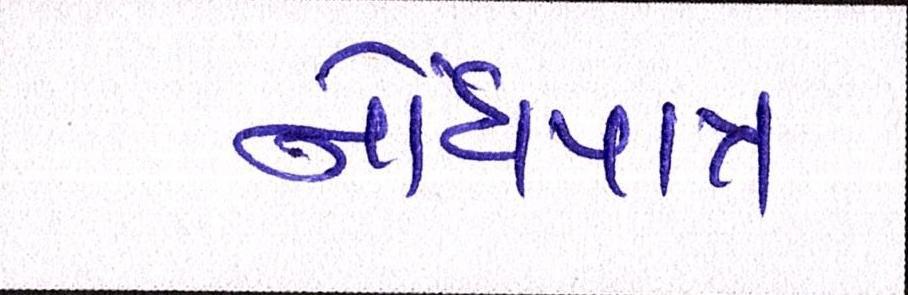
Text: નોંધપાત્ર